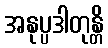
အနုပ္ပဒါတုန္တိ